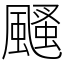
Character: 颾